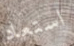
استعاد